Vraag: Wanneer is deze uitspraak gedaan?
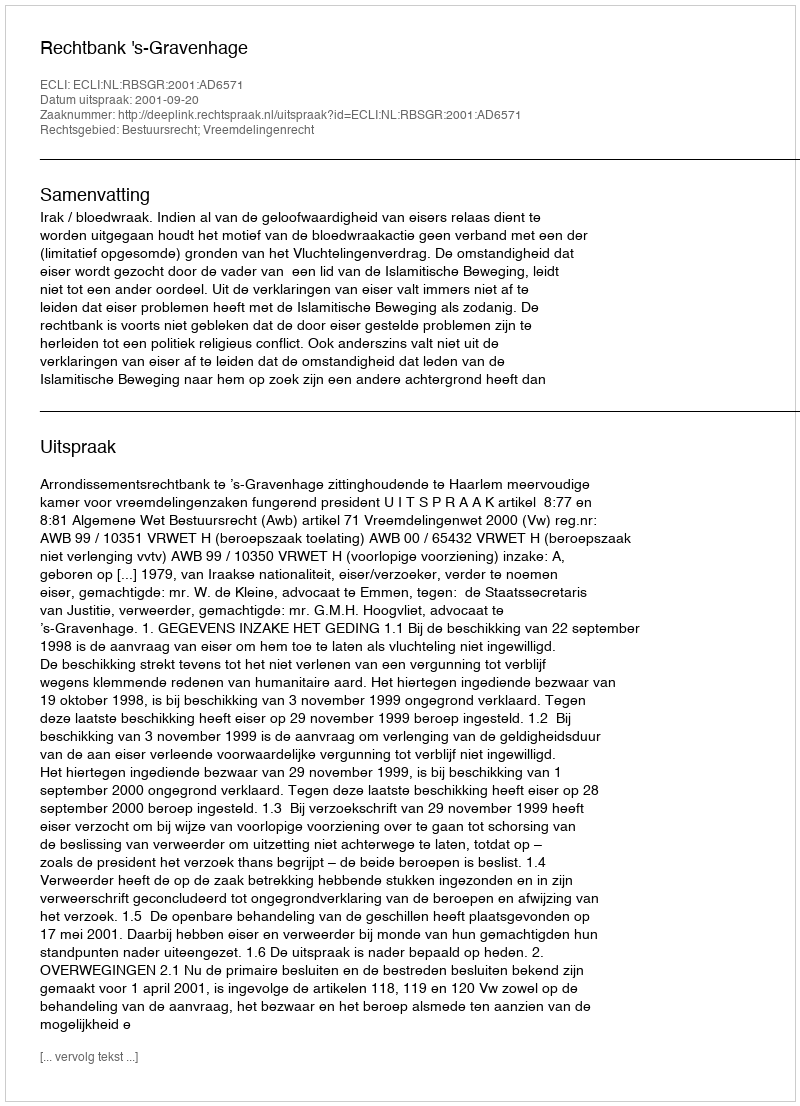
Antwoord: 2001-09-20